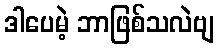
ဒါပေမဲ့ ဘာဖြစ်သလဲဗျ